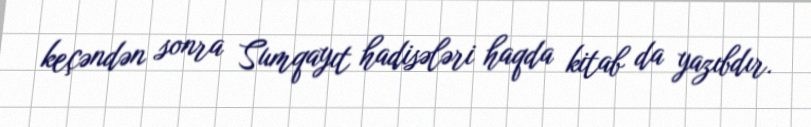
keçəndən sonra Sumqayıt hadisələri haqda kitab da yazıbdır.